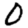
Digit: 0